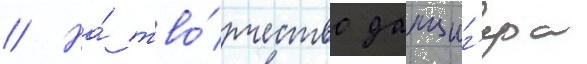
// На́ тво́рчество данциг'ера